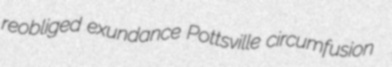
reobliged exundance Pottsville circumfusion